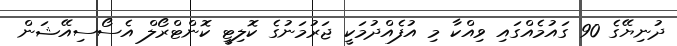
ދުނިޔޭގެ 90 ގައުމެއްގައި ވިއްކާ މި އުފެއްދުމަކީ ޖަރުމަނުގެ ކޮލިޓީ ކޮންޓްރޯލް އެސޯސިއޭޝަން